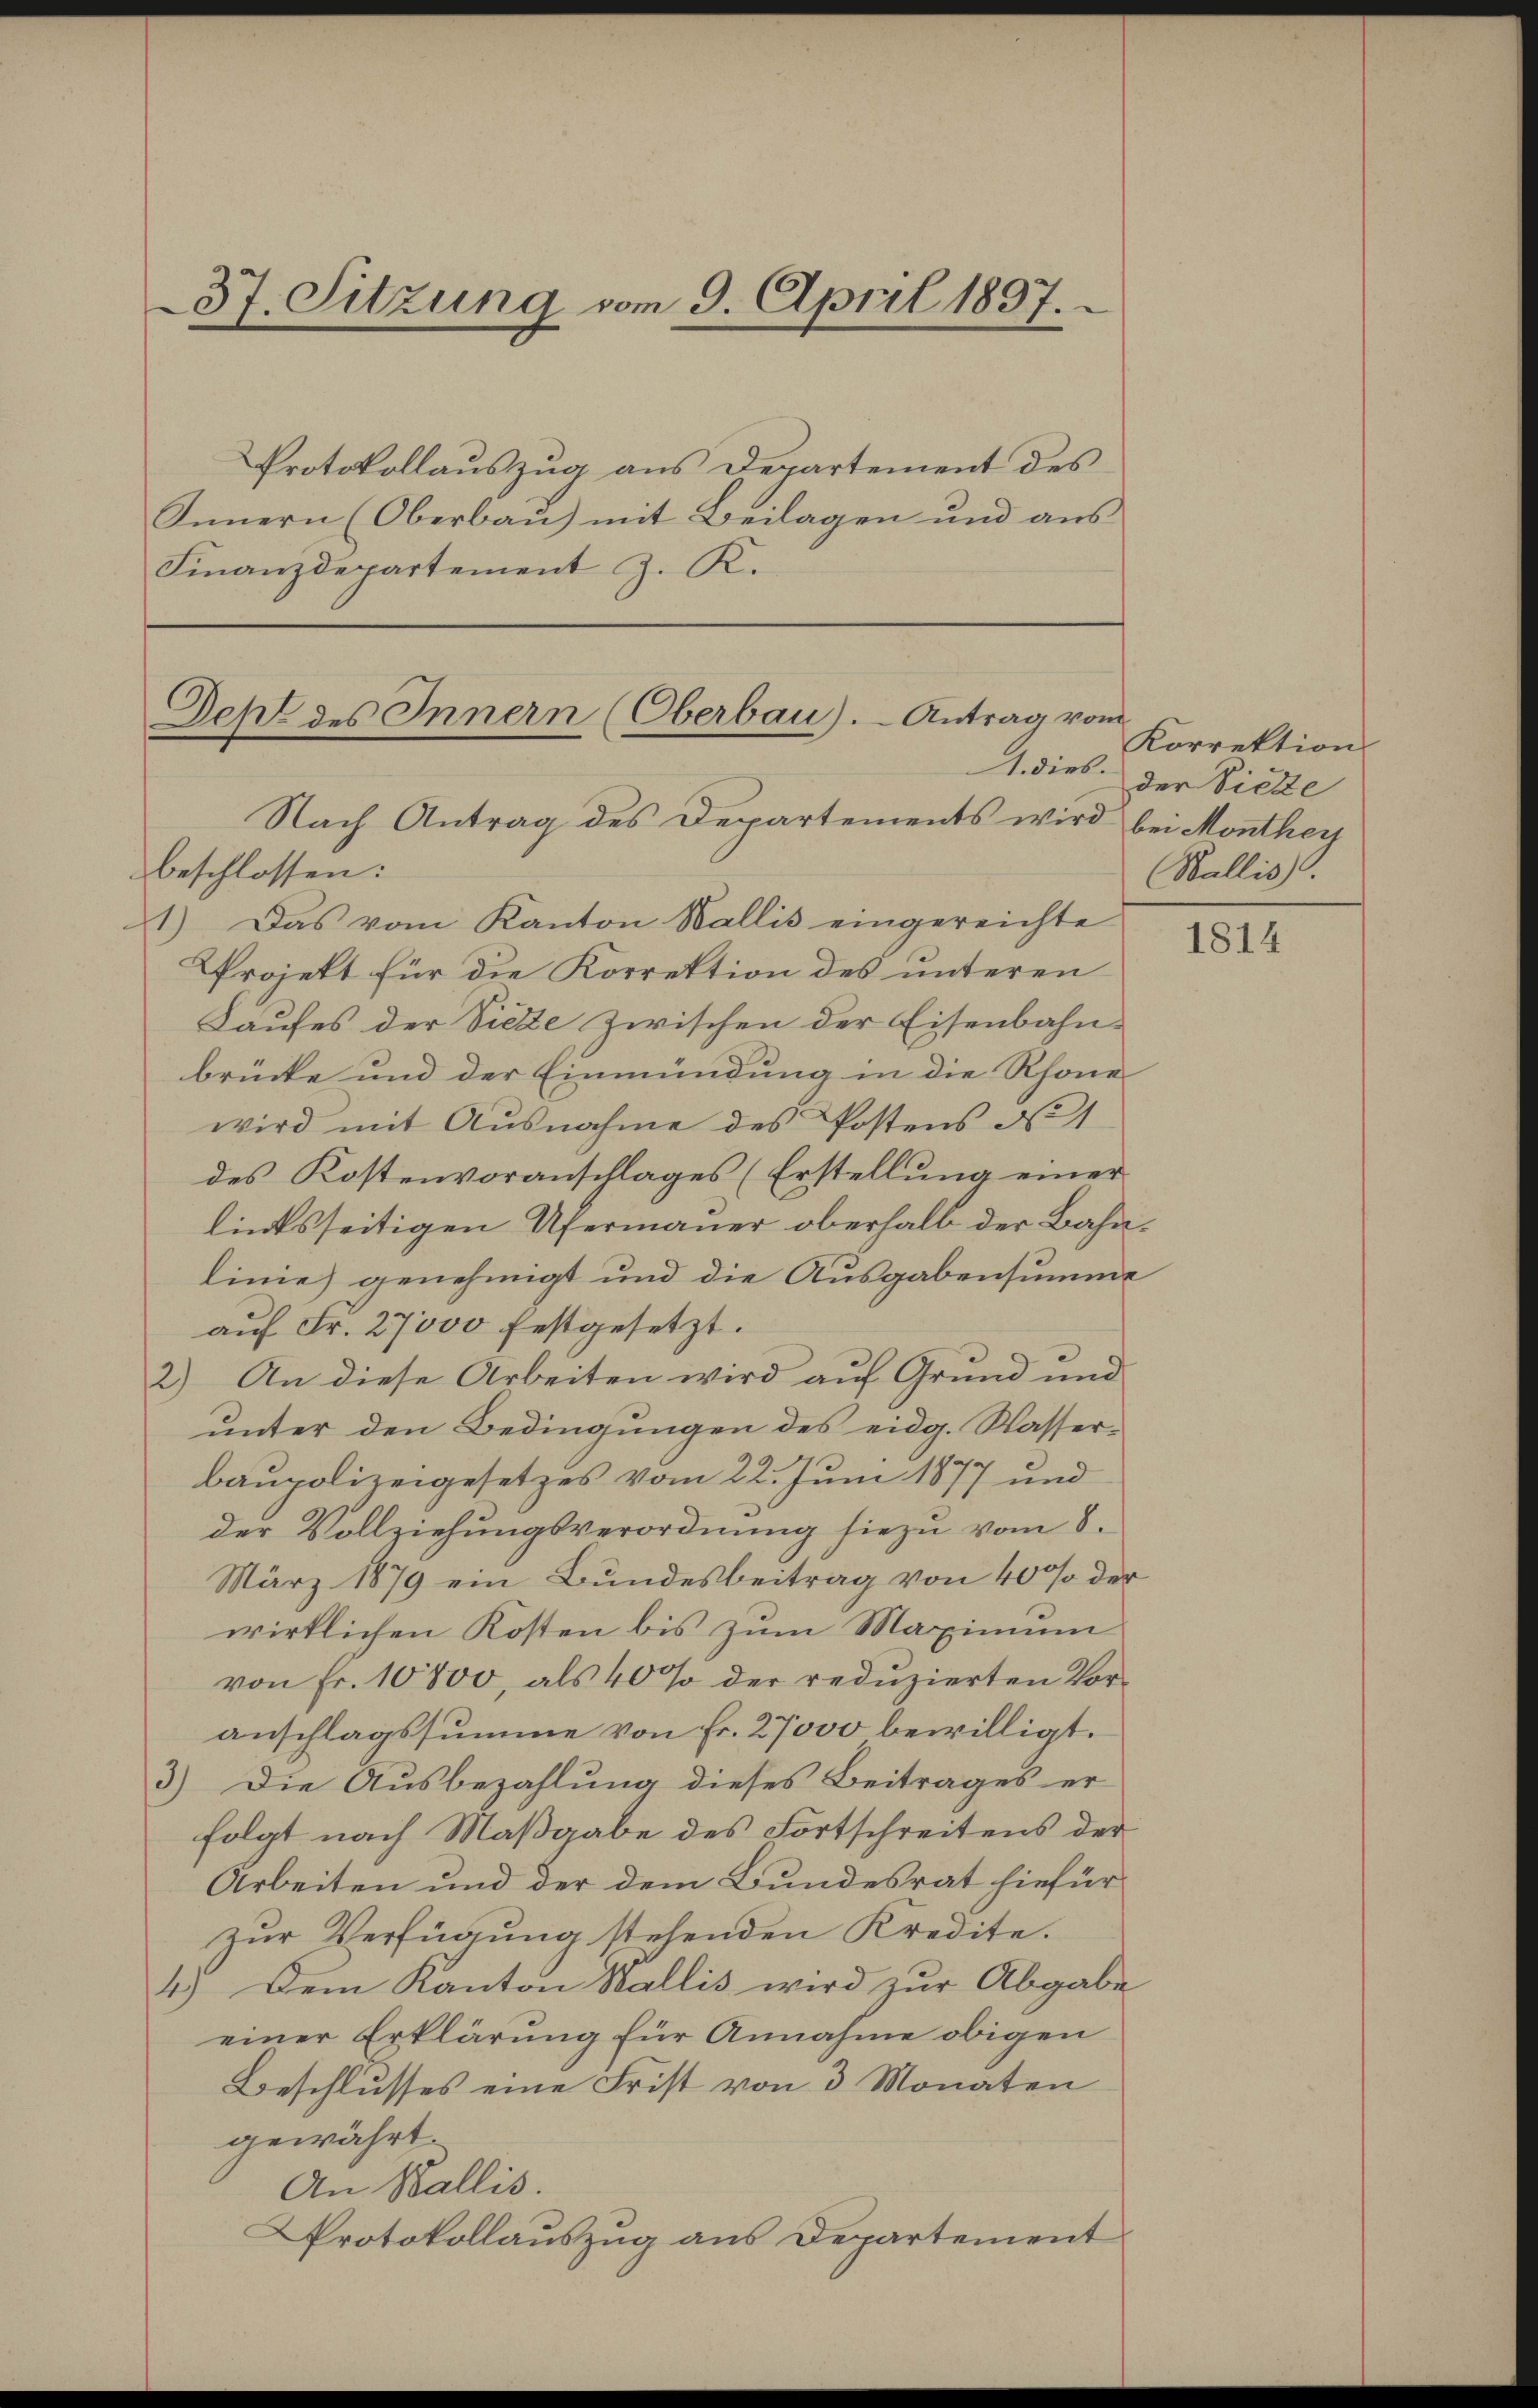
37. Sitzung vom 9. April 1837.

Protokollauszug aus Departement des
Innern (Oberbau) mit Beilagen und aus
Finanzdepartement J. K.

Dehl des Innern (Oberbau). - Antrag vom
1. dies.

Nach Antrag des Departements wird bei Monthey
beschlossen:
1) Das vom Kanton Wallis eingereichte
Projekt für die Korrektion des unteren
Laufes der Siehe zwischen der Eisenbahn-
brücke und der Einmündung in die Rhone-
wird mit Ausnahme des Postens No 1
des Kostenvoranschlages (Erstellung einer
linksseitigen Ufermauer oberhalb der Bahnlinie genehmigt und die Ausgabensumme
auf Fr. 27000 festgesetzt.
2) An diese Arbeiten wird auf Grund und
unter den Bedingungen des eidg. Wasserbaupolizeigesetzes vom 22. Juni 1877 und
der Vollziehungsverordnung hiezu vom 8.
März 1879 ein Bundesbeitrag von 40% der
wirklichen Kosten bis zum Maximum
von Fr. 10800, als 40% der redŭzierten Vor-
anschlagssumme von Fr. 27000 bewilligt.
3) Die Ausbezahlung dieses Beitrages er
folgt nach Maßgabe des Fortschreitens der
Arbeiten und der dem Bundesrat hiefür
zur Verfügung stehenden Kredite.
4.) Dem Kanton Wallis wird zur Abgabe
einer Erklärung für Annahme obigen
Beschlusses eine Frist von 3 Monaten
gewährt.
An Wallis.
Protokollauszug aus Departement

Korrektion
der Viette
Wallis.

1814